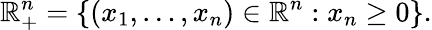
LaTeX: \mathbb{R}_{+}^{n}=\{ (x_{1},\ldots,x_{n})\in\mathbb{R}^{n}:x_{n}\geq 0\} .